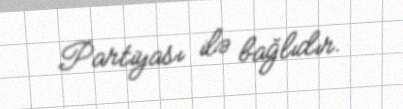
Partiyası ilə bağlıdır.